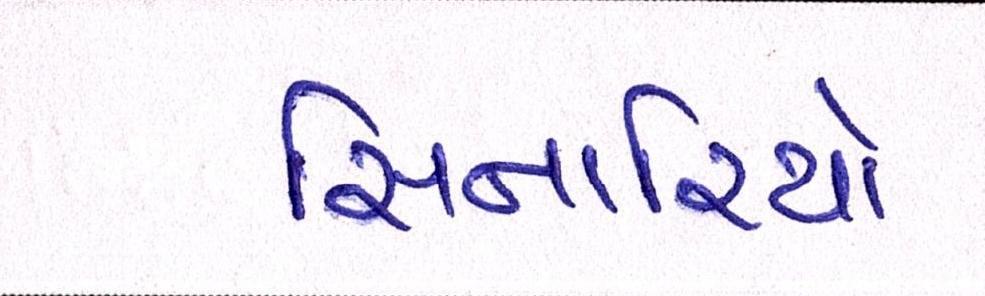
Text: સિનારિયો